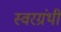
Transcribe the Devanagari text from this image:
स्वरग्रंथी